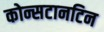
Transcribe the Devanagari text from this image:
कोन्सटानटिन